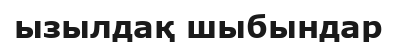
ызылдақ шыбындар